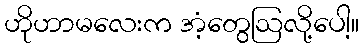
ဟိုဟာမလေးက အံ့တွေဩလို့ပေါ့။